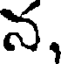
న,